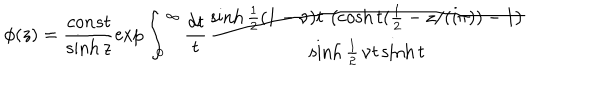
\phi ( z ) = \frac { c o n s t } { \sinh z } \exp \int _ { 0 } ^ { \infty } \frac { d t } { t } \frac { \sinh \frac { 1 } { 2 } ( 1 - \nu ) t \, \left( \cosh t ( \frac { 1 } { 2 } - z / ( i \pi ) ) - 1 \right) } { \sinh \frac { 1 } { 2 } \, \nu t \sinh t }